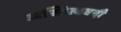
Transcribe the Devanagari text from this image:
अस्तित्ववदी